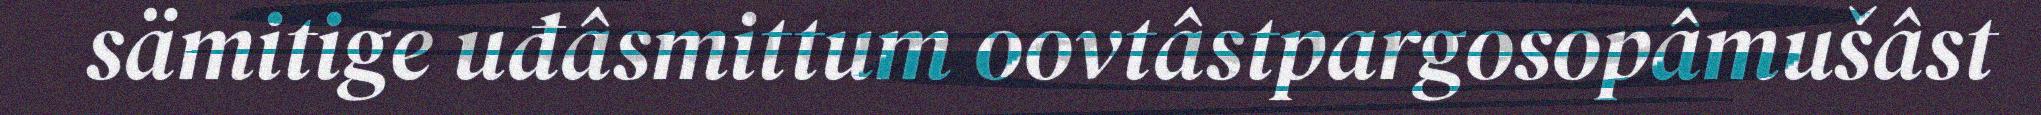
sämitige uđâsmittum oovtâstpargosopâmušâst